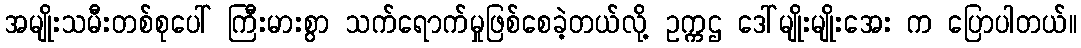
အမျိုးသမီးတစ်စုပေါ် ကြီးမားစွာ သက်ရောက်မှုဖြစ်စေခဲ့တယ်လို့ ဥက္ကဌ ဒေါ်မျိုးမျိုးအေး က ပြောပါတယ်။